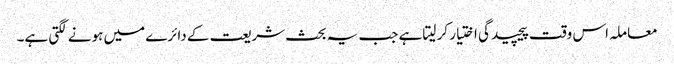
معاملہ اس وقت پیچیدگی اختیار کر لیتا ہے جب یہ بحث شریعت کے دائرے میں ہونے لگتی ہے۔